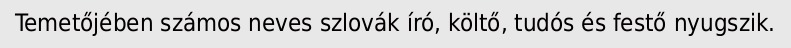
Temetőjében számos neves szlovák író, költő, tudós és festő nyugszik.